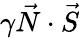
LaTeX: \gamma\vec{N}\cdot\vec{S}